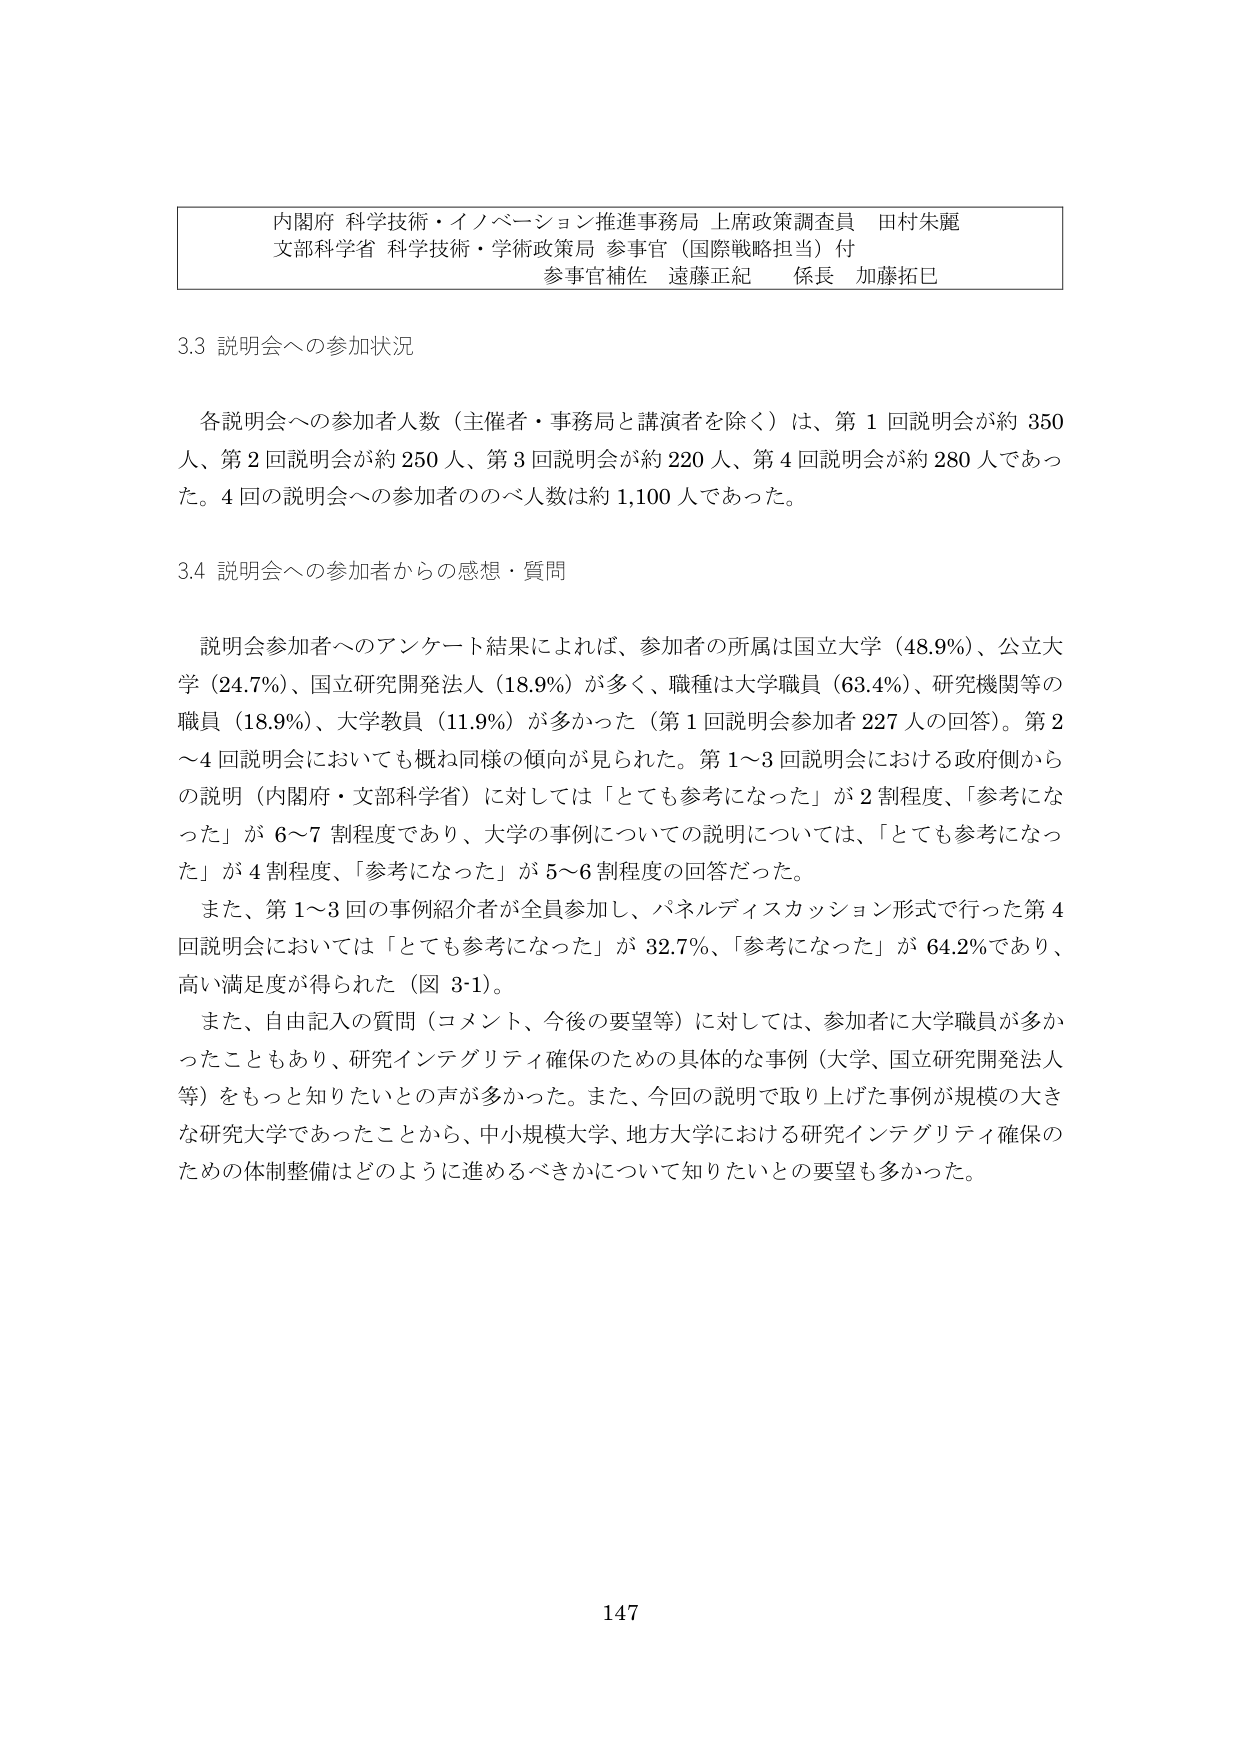
内閣府 科学技術・イノベーション推進事務局 上席政策調査員 田村朱麗
文部科学省 科学技術・学術政策局 参事官（国際戦略担当）付
参事官補佐 遠藤正紀 係長 加藤拓巳

3.3 説明会への参加状況

各説明会への参加者人数（主催者・事務局と講演者を除く）は、第1回説明会が約350人、第2回説明会が約250人、第3回説明会が約220人、第4回説明会が約280人であった。4回の説明会への参加者の総人数は約1,100人であった。

3.4 説明会への参加者からの感想・質問

説明会参加者へのアンケート結果によれば、参加者の所属は国立大学（48.9%）、公立大学（24.7%）、国立研究開発法人（18.9%）が多く、職種は大学職員（63.4%）、研究機関等の職員（18.9%）、大学教員（11.9%）が多かった（第1回説明会参加者227人の回答）。第2～4回説明会においても概ね同様の傾向が見られた。第1～3回説明会における政府側からの説明（内閣府・文部科学省）に対しては「とても参考になった」が2割程度、「参考になった」が6～7割程度であり、大学の事例についての説明については、「とても参考になった」が4割程度、「参考になった」が5～6割程度の回答だった。

また、第1～3回の事例紹介者が全員参加し、パネルディスカッション形式で行った第4回説明会においては「とても参考になった」が32.7%、「参考になった」が64.2%であり、高い満足度が得られた（図3-1）。

また、自由記入の質問（コメント、今後の要望等）に対しては、参加者に大学職員が多かったこともあり、研究インテグリティ確保のための具体的な事例（大学、国立研究開発法人等）をもっと知りたいとの声が多かった。また、今回の説明で取り上げた事例が規模の大きな研究大学であったことから、中小規模大学、地方大学における研究インテグリティ確保のための体制整備はどのように進めるべきかについて知りたいとの要望も多かった。

147